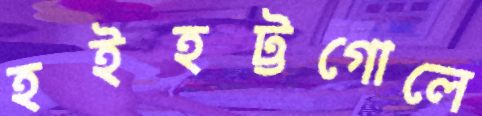
হইহট্টগোলে